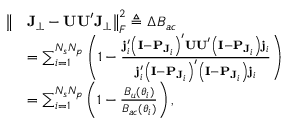
\begin{array} { r l } { \big \| } & { \mathbf { J } _ { \perp } - \mathbf { U U } ^ { \prime } \mathbf { J } _ { \perp } \big \| _ { F } ^ { 2 } \triangleq \Delta B _ { a c } } \\ & { = \sum _ { i = 1 } ^ { N _ { s } N _ { p } } \left( 1 - \frac { \mathbf { j } _ { i } ^ { \prime } \left( \mathbf { I } - \mathbf { P } _ { \mathbf { J } _ { i } } \right) ^ { \prime } \mathbf { U U } ^ { \prime } \left( \mathbf { I } - \mathbf { P } _ { \mathbf { J } _ { i } } \right) \mathbf { j } _ { i } } { \mathbf { j } _ { i } ^ { \prime } \left( \mathbf { I } - \mathbf { P } _ { \mathbf { J } _ { i } } \right) ^ { \prime } \left( \mathbf { I } - \mathbf { P } _ { \mathbf { J } _ { i } } \right) \mathbf { j } _ { i } } \right) } \\ & { = \sum _ { i = 1 } ^ { N _ { s } N _ { p } } \left( 1 - \frac { B _ { u } ( \boldsymbol \theta _ { i } ) } { B _ { a c } ( \boldsymbol \theta _ { i } ) } \right) , } \end{array}